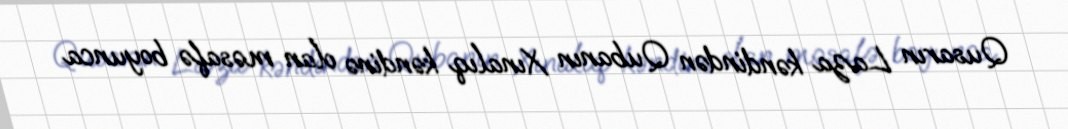
Qusarın Laza kəndindən Qubanın Xınalıq kəndinə olan məsafə boyunca